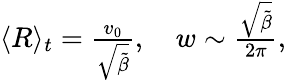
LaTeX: \begin{array}{r}{\langle R\rangle_{t}=\frac{v_{0}}{\sqrt{\tilde{\beta}}},\quad w\sim\frac{\sqrt{\tilde{\beta}}}{2\pi},}\end{array}